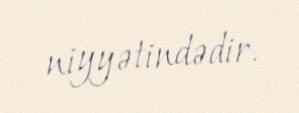
niyyətindədir.